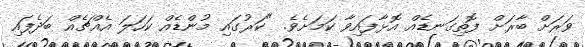
ވަރަށް ބާރަށް ފޮތިގަނޑެއް އޮޅާފައިވާ ކަމަށެވެ. "ކަރުގައި މުންޑެއް ކަހަލަ އެއްޗެއް ބަދެފައި